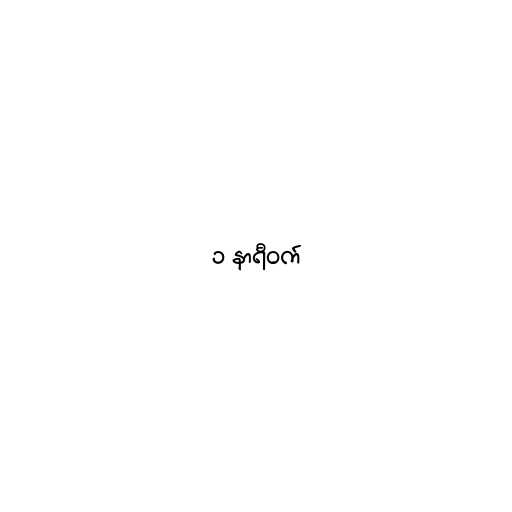
၁ နာရီဝက်